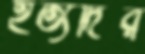
ইত্যদির